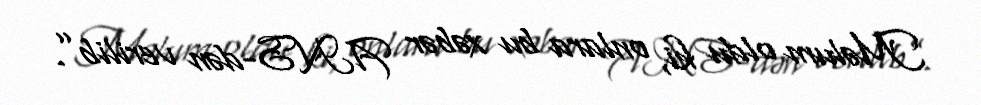
Məlum oldu ki, onlara bu xəbər ANS-dən verilib”.